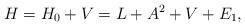
LaTeX: \begin{align*}H = H_0 + V = L + A^2 + V + E_1,\end{align*}